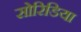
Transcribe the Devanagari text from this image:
सोरिडिया